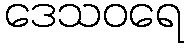
ဒေသဝရေ